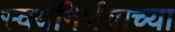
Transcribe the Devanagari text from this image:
स्वयंनिर्णयाच्या